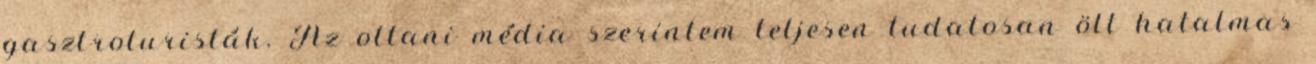
gasztroturisták. Az ottani média szerintem teljesen tudatosan ölt hatalmas